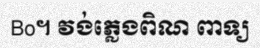
Bo។ វង់ភ្លេងពិណ ពាទ្យ